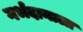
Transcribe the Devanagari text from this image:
गर्भदानाला